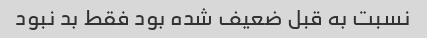
نسبت به قبل ضعیف شده بود فقط بد نبود